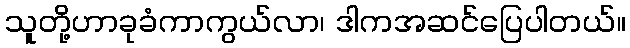
သူတို့ဟာခုခံကာကွယ်လာ၊ ဒါကအဆင်ပြေပါတယ်။